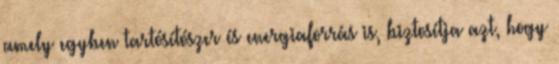
amely egyben tartósítószer és energiaforrás is, biztosítja azt, hogy